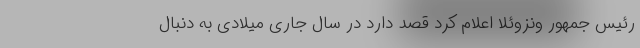
رئیس جمهور ونزوئلا اعلام کرد قصد دارد در سال جاری میلادی به دنبال